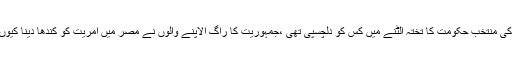
صدر مرسی شہید کی منتخب حکومت کا تختہ الٹنے میں کس کو دلچسپی تھی ،جمہوریت کا راگ الاپنے والوں نے مصر میں آمریت کو کندھا دینا کیوں ضروری سمجھا؟